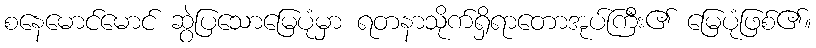
စနေမောင်မောင် ဆွဲပြသောမြေပုံမှာ ရတနာသိုက်ရှိရာတောအုပ်ကြီး၏ မြေပုံဖြစ်၏။